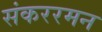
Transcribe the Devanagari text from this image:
संकररमन